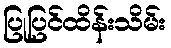
ပြုပြင်ထိန်းသိမ်း